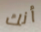
أنك